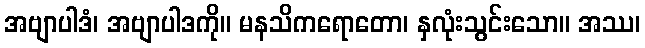
အဗျာပါဒံ၊ အဗျာပါဒကို။ မနသိကရောတော၊ နှလုံးသွင်းသော။ အဿ၊